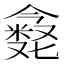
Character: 𪝶